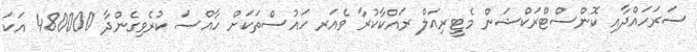
ސަރަހައްދާއި ކޮންސްޓްރަކްޝަން މެޓީރިއަލް ރައްކާކުރާ ވެއަރ ހައުސްތަކަށް ހާއްޞަ ކުރެވިގެންދާ 480000 އަކަ